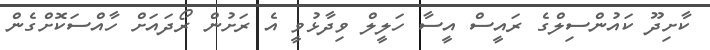
ކާށިދޫ ކައުންސިލްގެ ރައީސް އީސާ ހަލީލް ވިދާޅުވީ އެ ރަށުން ރޯދައަށް ހާއްސަކޮށްގެން